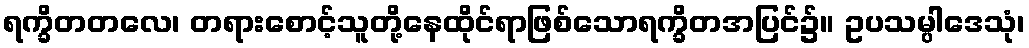
ရက္ခိတတလေ၊ တရားစောင့်သူတို့နေထိုင်ရာဖြစ်သောရက္ခိတအပြင်၌။ ဥပသမ္ပါဒေသုံ၊